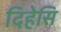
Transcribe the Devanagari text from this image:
दिहेसि